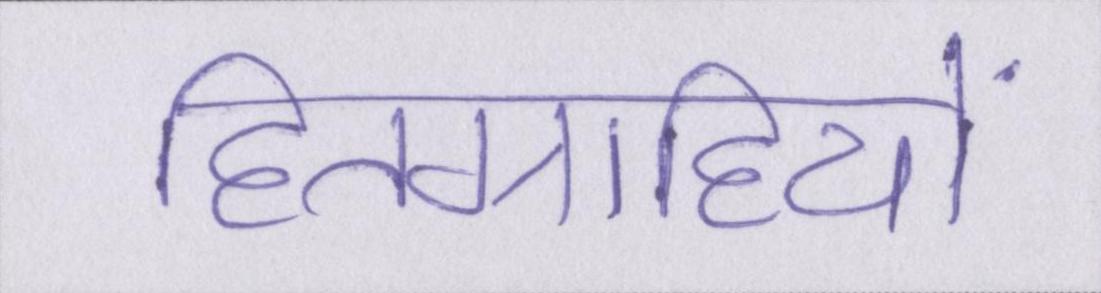
हितग्राहियों